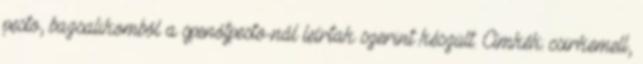
pesto, bazsalikomból a spenótpesto-nál leírtak szerint készült. Címkék: csirkemell,